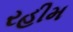
રહીમ